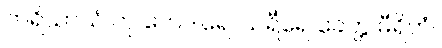
ဘရိယာယံ တု ကေဒါရေ၊ သရီရေ ခေတ္တ မီရိတံ။